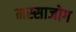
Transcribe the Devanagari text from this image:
मस्साजोग